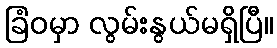
ခြံဝမှာ လွမ်းနွယ်မရှိပြီ။